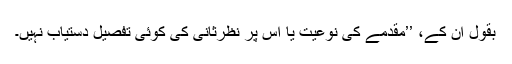
بقول اُن کے، ’’مقدمے کی نوعیت یا اس پر نظرثانی کی کوئی تفصیل دستیاب نہیں۔